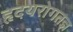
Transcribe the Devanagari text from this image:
हृदयरोगतज्ञ